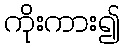
ကိုးကား၍